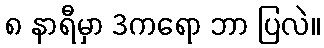
၈ နာရီမှာ 3ကရော ဘာ ပြလဲ။